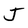
Character: J